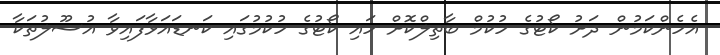
އެހެންކަމުން ދަށު ކޯޓުގެ ހުކުމް ބާތިލްކޮށް ހައި ކޯޓުގެ ހުކުމުގައި ކަނޑައަޅާފައިވާ އުސޫލުތަކާ